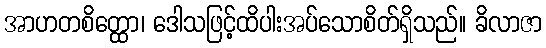
အာဟတစိတ္ထော၊ ဒေါသဖြင့်ထိပါးအပ်သောစိတ်ရှိသည်။ ခိလာဇာ